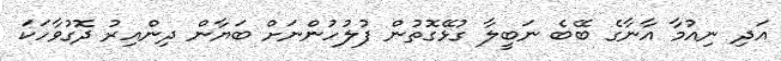
އަދި ނިއުމާ އާނާގެ ބޭބެ ނަބީލާ ގުޅޭގޮތުން ފުލުހުންނަށް ބަޔާން ދިންއިރު ދޮގުވާހަކަ